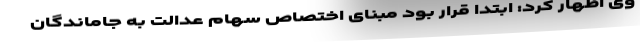
وی اظهار کرد: ابتدا قرار بود مبنای اختصاص سهام عدالت به جاماندگان